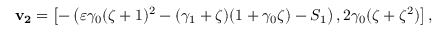
\mathbf { v _ { 2 } } = \left[ - \left( \varepsilon \gamma _ { 0 } ( \zeta + 1 ) ^ { 2 } - ( \gamma _ { 1 } + \zeta ) ( 1 + \gamma _ { 0 } \zeta ) - S _ { 1 } \right) , 2 \gamma _ { 0 } ( \zeta + \zeta ^ { 2 } ) \right] ,